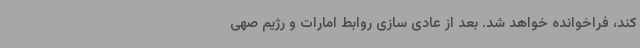
کند، فراخوانده خواهد شد. بعد از عادی سازی روابط امارات و رژیم صهی